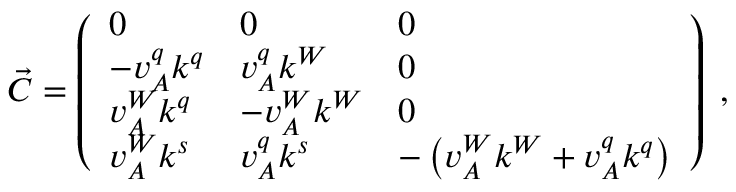
\vec { C } = \left( \begin{array} { l l l } { 0 } & { 0 } & { 0 } \\ { - v _ { A } ^ { q } k ^ { q } } & { v _ { A } ^ { q } k ^ { W } } & { 0 } \\ { v _ { A } ^ { W } k ^ { q } } & { - v _ { A } ^ { W } k ^ { W } } & { 0 } \\ { v _ { A } ^ { W } k ^ { s } } & { v _ { A } ^ { q } k ^ { s } } & { - \left( v _ { A } ^ { W } k ^ { W } + v _ { A } ^ { q } k ^ { q } \right) } \end{array} \right) \; ,